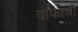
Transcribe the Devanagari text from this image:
वाफांची